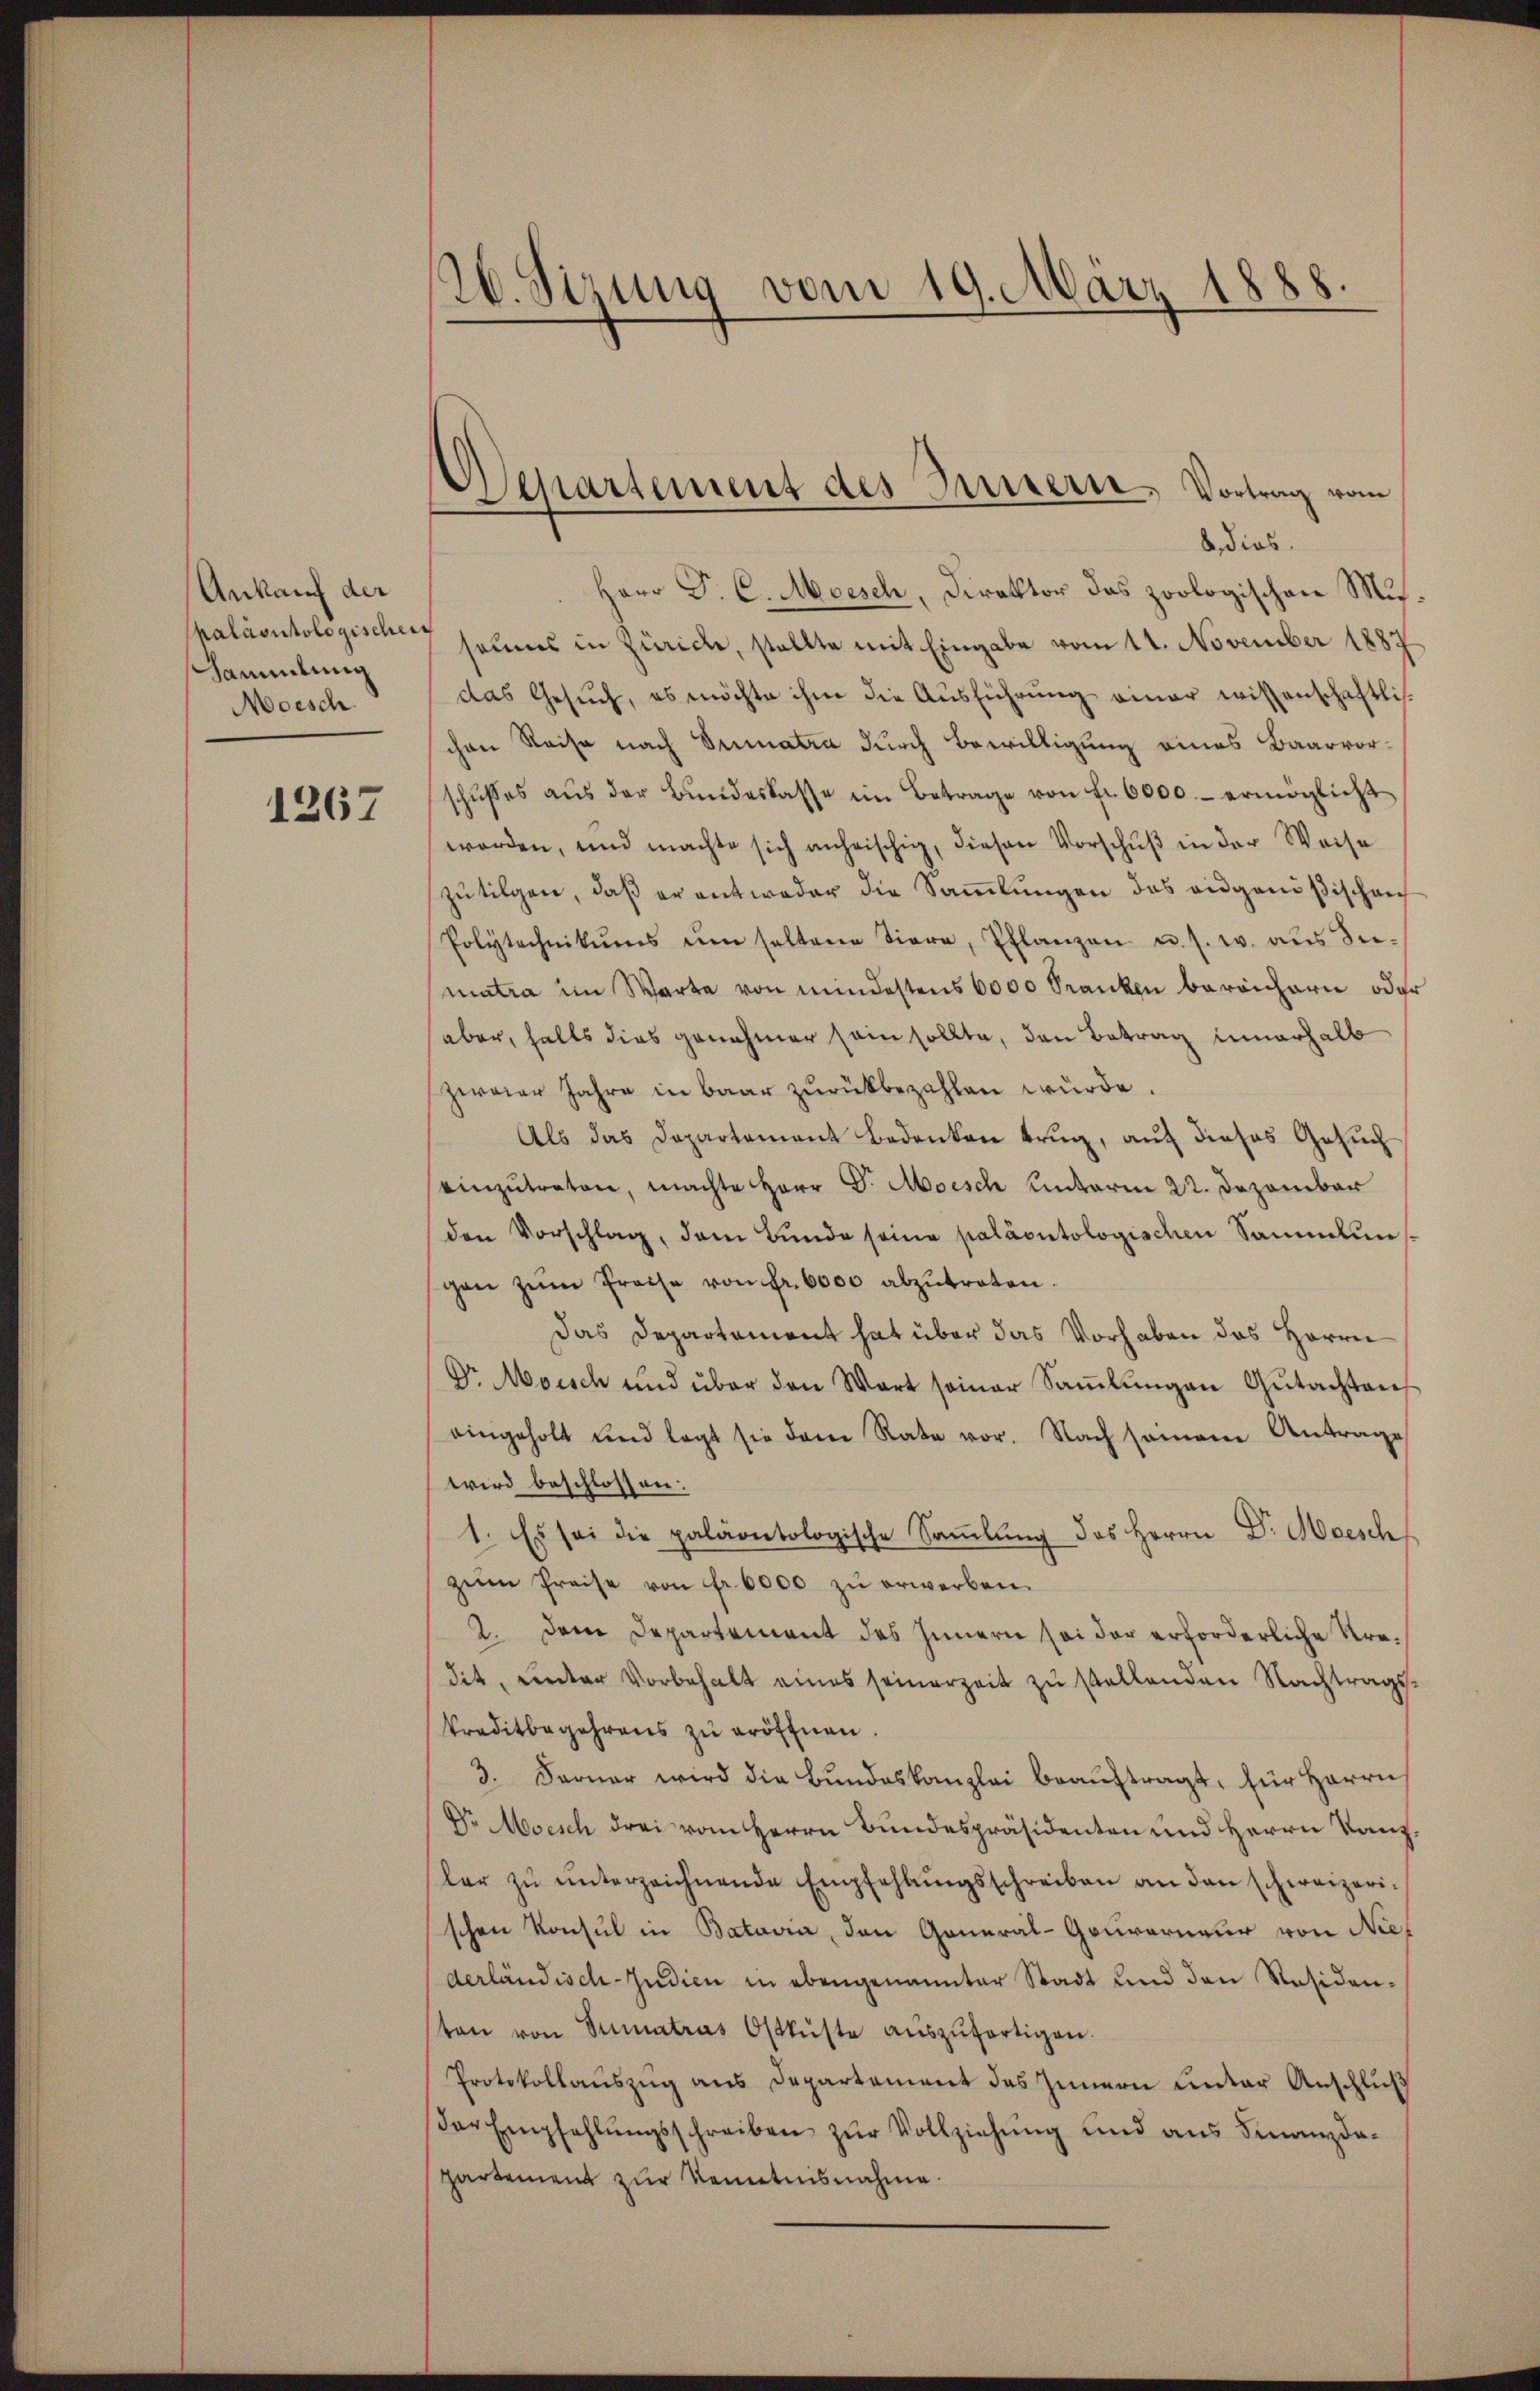
Ankauf der
paläontologischeis
Sammlung
Moesch.

1267

126. Sizung vom 19. März 1888.

Departement des Innern, Vortrag vom

bdios.
Herr Dr. C. Moesch, Direktor das zoologischen Museums in Zürich, stellte mit Eingabe vom 11. November 1884
das Gesŭch, es möchte ihm die Aŭsführŭng einer wissenschaftli-
chen Reise nach Sumatra durch Bewilligung eines Baarvor-
schŭsses aŭs der Bŭndeskasse im Betrage von Fr. 6000.- ermöglicht
worden, und machte sich anheischig, diesen Vorschŭβ in der Weise
zŭtilgen, daβ er entweder die Saṁlŭngen das eidgenößischen
Polytechnikums ŭm seltene Tiere, Pflanzen u. s. w. aus See-
matra im Warte von mindestens 6000 Kranken bereichern oder
(aber, falls dies genehmer sein sollte, den Betrag innerhalb
zweier Jahre in baar zurückbezahlen würde.
Als das Departement Bedenken trug, auf dieses Gesuch
einzŭtreten, machte Herr G. Morsch Unterm 22. Dezember
den Vorschlag, dem Bunde seine paläontologischen Sammlun
gen zŭm Preise von Fr. 6000 abzŭtreten.
Das Departement hat über das Vorhaben des Herrn
Dr. Moisch und über den Wart seiner Saṁlŭngen Gŭtachten
eingeholt und legt sie dann Rate vor. Nach seinem Antrage
wird beschlossen:
1. Es sei die paläontologische Sammlung des Herrn Dr. Maesch
zeim Preise von fr. 6000 zŭ erwerben.
2. Dem Departement des Innern sei der erforderliche Kredit, unter Vorbehalt eines seinerzeit zu stellenden Nachtragskreditbegehrens zu eröffnen.
3. Ferner wird die Bŭndeskanzlei beaŭftragt, für Herrn
Dr. Moesch drei vom Herrn Bundespräsidenten und Herrn Kanzler zŭ ŭnterzeichnende Empfehlŭngsschreiben an den schweizerischen Konsul in Batavia, den General-Gouverneur von Niederländisch-Judien in ebengenannter Stadt und den Rasidenton von Sumatris Ostküste aŭszŭfertigen.
Protokollauszug aus Departement das Innern Centar Anschluß
der Empfehlŭngsschreiben zŭr Vollziehŭng und ans Finanzdapartement zur Kenntnisnahme.